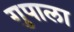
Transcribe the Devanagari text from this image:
गुपाला